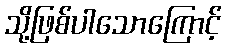
သို့ဖြစ်ပါသောကြောင့်